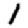
Digit: 1